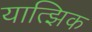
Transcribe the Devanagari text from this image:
यात्झिक